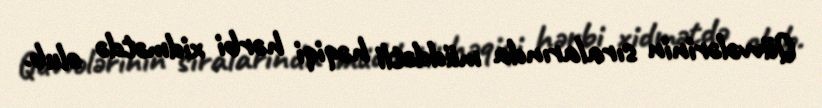
Qüvvələrinin sıralarında müddətli həqiqi hərbi xidmətdə olub.